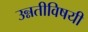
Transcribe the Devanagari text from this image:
उन्नतीविषयी